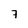
Character: 7